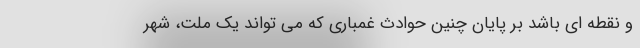
و نقطه ای باشد بر پایان چنین حوادث غمباری که می تواند یک ملت، شهر